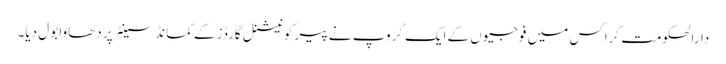
دارالحکومت کراکس میں فوجیوں کے ایک گروپ نے پیر کو نیشنل گارڈز کے کمانڈ سینٹر پر دھاوا بول دیا۔